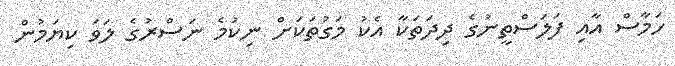
ހަމާސް އާއި ފަލަސްތީނުގެ ދިދަތަކާ އެކު މަގުތަކަށް ނިކުމެ ނަސްރުގެ ލަވަ ކިޔަމުން